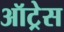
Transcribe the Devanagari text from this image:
ऑट्रेस